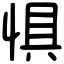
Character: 惧